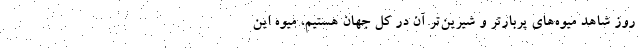
روز شاهد میوه‌های پربارتر و شیرین‌تر آن در کل جهان هستیم، میوه این